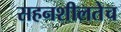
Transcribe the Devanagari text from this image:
सहनशीलतेच